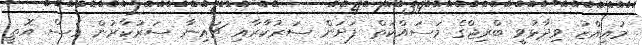
މުއިއްޒު ވިދާޅުވީ ބްރިޖްގެ މަސައްކަތް ފަށަން ސަރުކާރާއި ޗައިނާ ސަރުކާރުން ވެސް އޮތީ